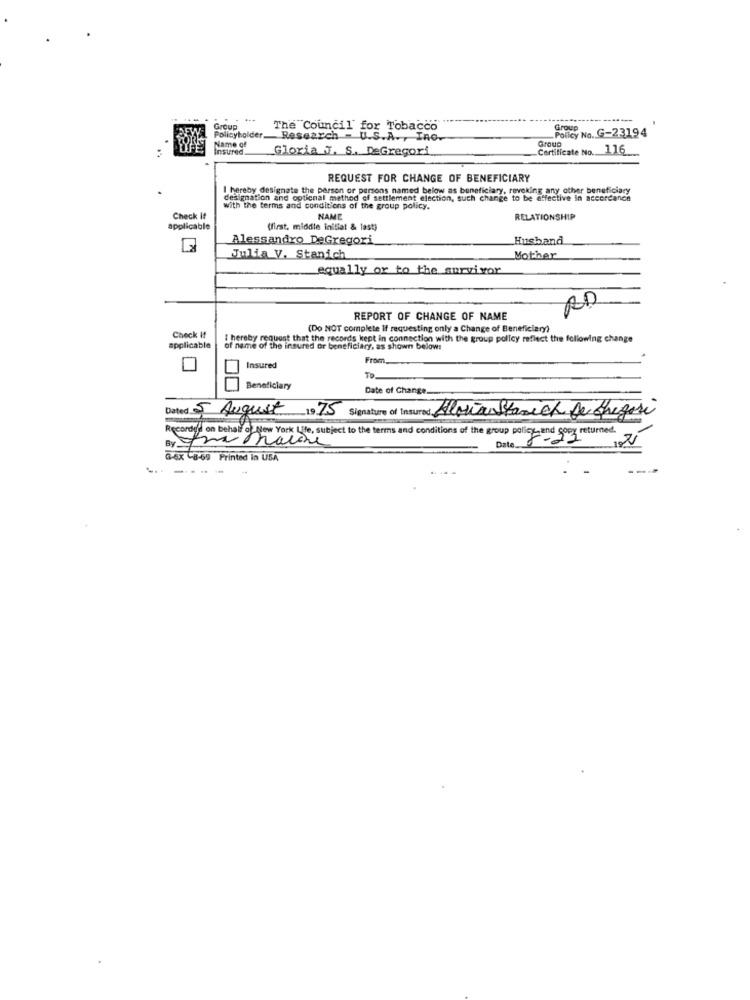
. ..
Group
The Council for Tobacco
POLICY No. G-23194
Policyholder.
Name of
Research - U.S.A. , Ino.
Group
Insured
Gloria T. S. DeGregori
Certificate No.
116
REQUEST FOR CHANGE OF BENEFICIARY
I hereby designate the person or persons named below as beneficiary, revoking any other beneficiary
designation and optional method of settlement election, such change to be effective in accordance
with the terms and conditions of the group policy.
Check it
NAME
RELATIONSHIP
applicable
(first. middle initiat & last)
Alessandro DeGregori
Husband
Julia V. Stanich
Mother
equally or to the survivor
AD
REPORT OF CHANGE OF NAME
(Do NOT complete If requesting only a Change of Beneficiary)
Check if
I hereby request that the records kept in connection with the group policy reflect the following change
applicable
of name of the insured or beneficiary, as shown below:
From,
Insured
Beneficiary
Date of Change
Dated 5 August 1975
Signature of Insured Alvia Stanich De Gregori
Recordo'd on behalf of New York Life, subject to the terms and conditions of the group policyand So
Date
By
-6X -8-69 Printed in USA